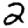
Digit: 2